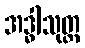
အဒ္ဓါသုတ္တ